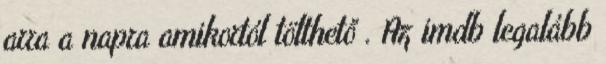
arra a napra amikortól tölthető . Az imdb legalább